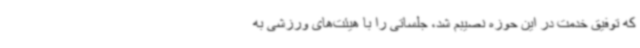
که توفیق خدمت در این حوزه نصیبم شد، جلساتی را با هیئت‌های ورزشی به